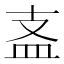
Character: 𥁈